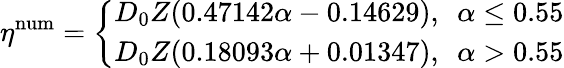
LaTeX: \eta^{\mathrm{num}}=\left\{ \begin{array}{ll}{D_{0}Z(0.47142\alpha-0.14629),~~\alpha\leq 0.55}\\ {D_{0}Z(0.18093\alpha+0.01347),~~\alpha>0.55}\end{array}\right.